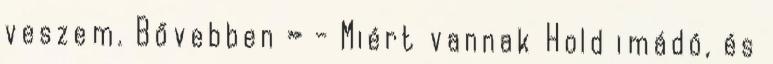
veszem. Bővebben » - Miért vannak Hold imádó, és